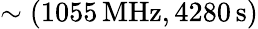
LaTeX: \sim({1055}\, \mathrm{MHz},{4280}\, \mathrm{s})